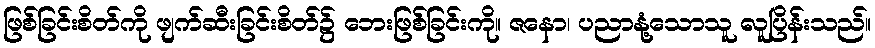
ဖြစ်ခြင်းစိတ်ကို ဖျက်ဆီးခြင်းစိတ်၌ ဘေးဖြစ်ခြင်းကို။ ဇနော၊ ပညာနုံ့သောသူ လူပြိန်းသည်။